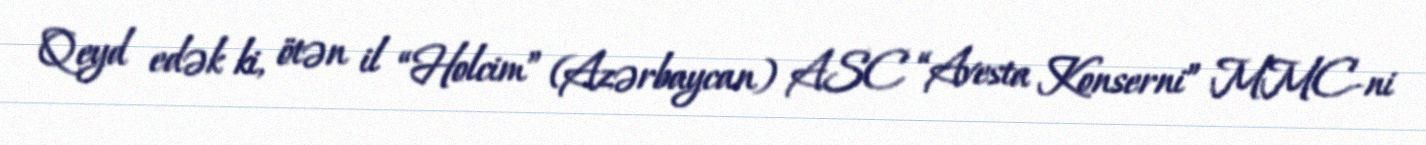
Qeyd edək ki, ötən il “Holcim” (Azərbaycan) ASC “Avesta Konserni” MMC-ni